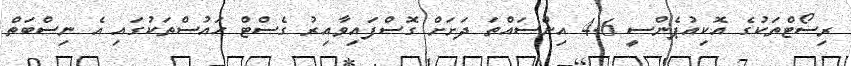
ރިސޯޓްތަކުގެ އޮކިއުޕެންސީ 4.6 އިންސައްތަ ދަށަށް ގޮސްފައިވާއިރު ގެސްޓް ހައުސްތަކުގައި އެ ނިސްބަތް